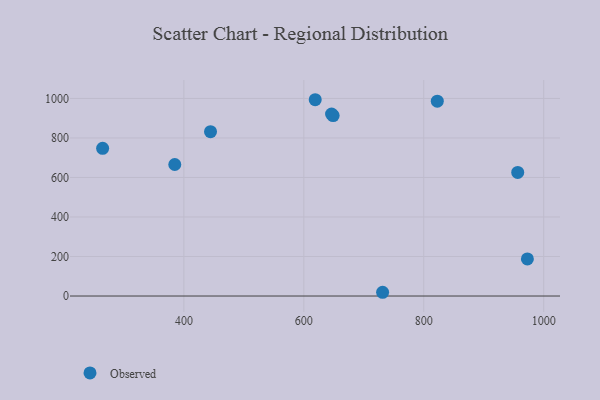
{"axis": {"x": "Ad Spend", "y": "Rating"}, "legend": ["Observed"], "data": [{"x": "444.4", "y": 831.6, "type": "Observed"}, {"x": "731.4", "y": 19.0, "type": "Observed"}, {"x": "822.6", "y": 986.3, "type": "Observed"}, {"x": "264.5", "y": 747.4, "type": "Observed"}, {"x": "972.8", "y": 187.8, "type": "Observed"}, {"x": "619.0", "y": 993.5, "type": "Observed"}, {"x": "384.8", "y": 665.6, "type": "Observed"}, {"x": "648.9", "y": 913.1, "type": "Observed"}, {"x": "956.7", "y": 625.7, "type": "Observed"}, {"x": "646.3", "y": 920.9, "type": "Observed"}]}